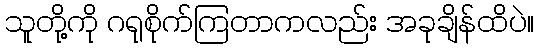
သူတို့ကို ဂရုစိုက်ကြတာကလည်း အခုချိန်ထိပဲ။